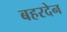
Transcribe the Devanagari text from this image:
बहरदेन